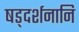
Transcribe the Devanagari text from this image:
षड्दर्शनानि